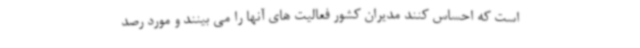
است که احساس کنند مدیران کشور فعالیت های آنها را می بینند و مورد رصد